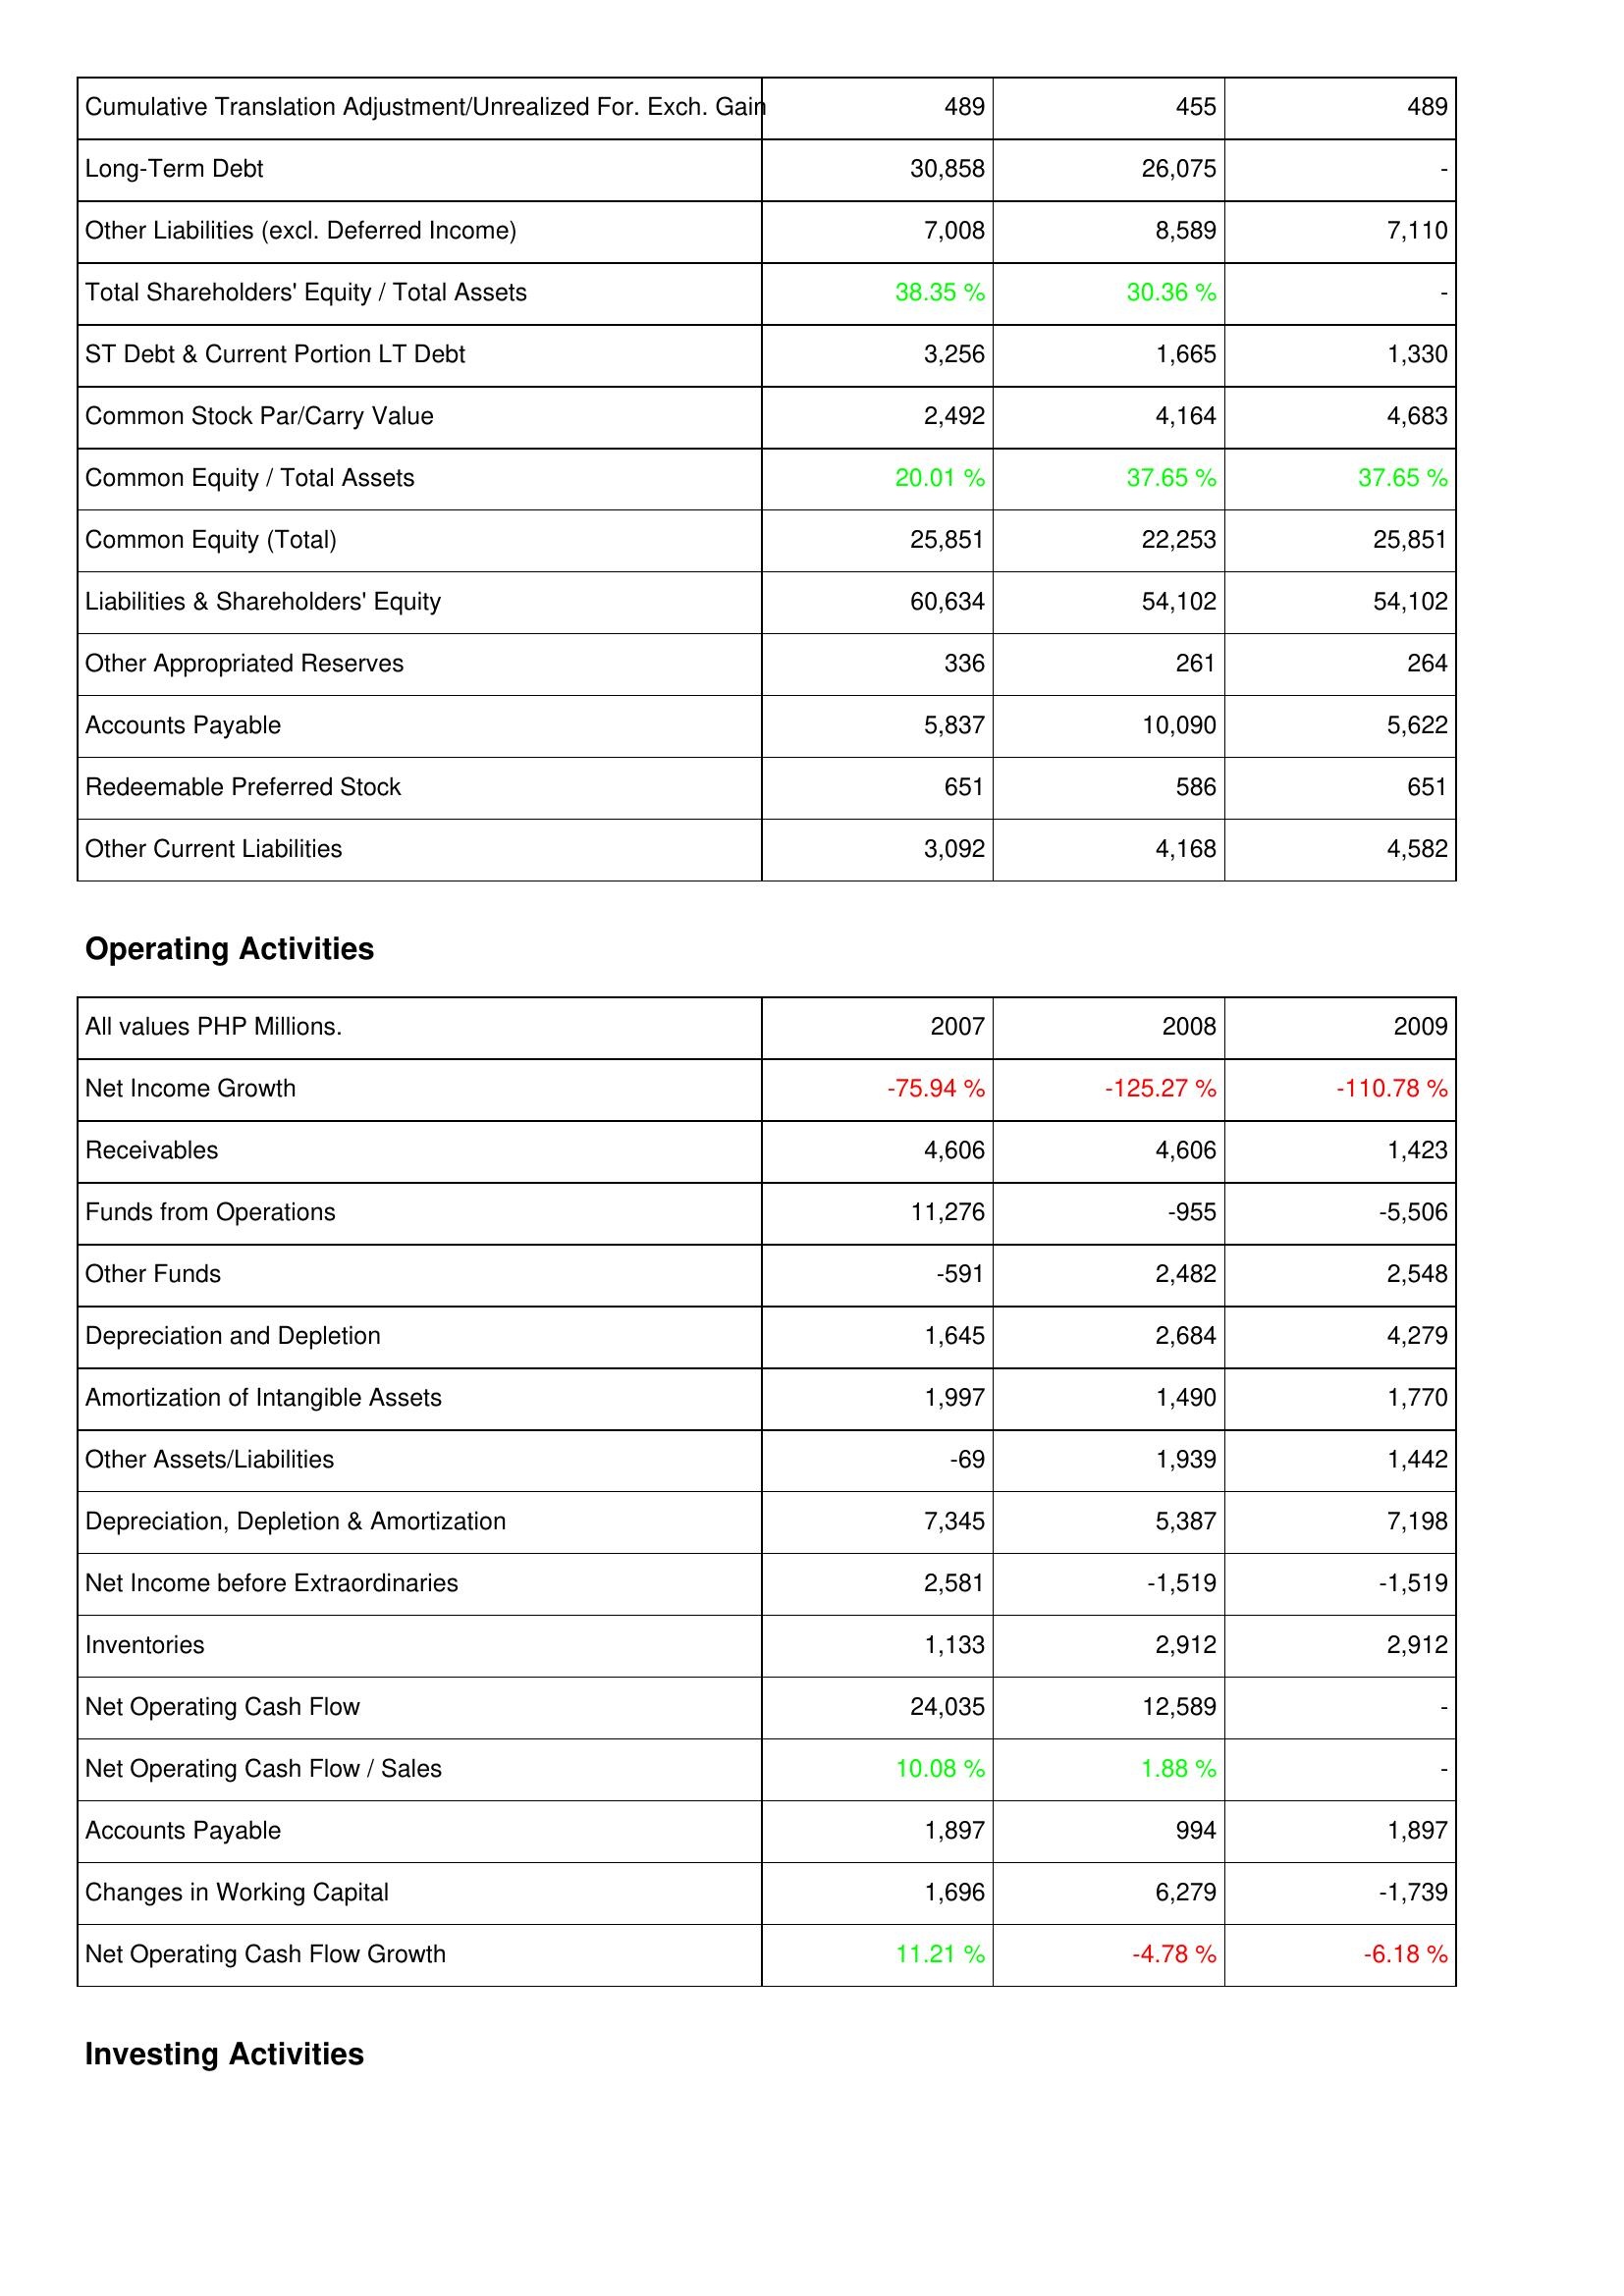
2007: Liabilities & Shareholders' Equity: Cumulative Translation Adjustment/Unrealized For. Exch. Gain: 489
Long-Term Debt: 30,858
Other Liabilities (excl. Deferred Income): 7,008
Total Shareholders' Equity / Total Assets: 38.35 %
ST Debt & Current Portion LT Debt: 3,256
Common Stock Par/Carry Value: 2,492
Common Equity / Total Assets: 20.01 %
Common Equity (Total): 25,851
Liabilities & Shareholders' Equity: 60,634
Other Appropriated Reserves: 336
Accounts Payable: 5,837
Redeemable Preferred Stock: 651
Other Current Liabilities: 3,092
Operating Activities: Net Income Growth: -75.94 %
Receivables: 4,606
Funds from Operations: 11,276
Other Funds: -591
Depreciation and Depletion: 1,645
Amortization of Intangible Assets: 1,997
Other Assets/Liabilities: -69
Depreciation, Depletion & Amortization: 7,345
Net Income before Extraordinaries: 2,581
Inventories: 1,133
Net Operating Cash Flow: 24,035
Net Operating Cash Flow / Sales: 10.08 %
Accounts Payable: 1,897
Changes in Working Capital: 1,696
Net Operating Cash Flow Growth: 11.21 %
2008: Liabilities & Shareholders' Equity: Cumulative Translation Adjustment/Unrealized For. Exch. Gain: 455
Long-Term Debt: 26,075
Other Liabilities (excl. Deferred Income): 8,589
Total Shareholders' Equity / Total Assets: 30.36 %
ST Debt & Current Portion LT Debt: 1,665
Common Stock Par/Carry Value: 4,164
Common Equity / Total Assets: 37.65 %
Common Equity (Total): 22,253
Liabilities & Shareholders' Equity: 54,102
Other Appropriated Reserves: 261
Accounts Payable: 10,090
Redeemable Preferred Stock: 586
Other Current Liabilities: 4,168
Operating Activities: Net Income Growth: -125.27 %
Receivables: 4,606
Funds from Operations: -955
Other Funds: 2,482
Depreciation and Depletion: 2,684
Amortization of Intangible Assets: 1,490
Other Assets/Liabilities: 1,939
Depreciation, Depletion & Amortization: 5,387
Net Income before Extraordinaries: -1,519
Inventories: 2,912
Net Operating Cash Flow: 12,589
Net Operating Cash Flow / Sales: 1.88 %
Accounts Payable: 994
Changes in Working Capital: 6,279
Net Operating Cash Flow Growth: -4.78 %
2009: Liabilities & Shareholders' Equity: Cumulative Translation Adjustment/Unrealized For. Exch. Gain: 489
Long-Term Debt: -
Other Liabilities (excl. Deferred Income): 7,110
Total Shareholders' Equity / Total Assets: -
ST Debt & Current Portion LT Debt: 1,330
Common Stock Par/Carry Value: 4,683
Common Equity / Total Assets: 37.65 %
Common Equity (Total): 25,851
Liabilities & Shareholders' Equity: 54,102
Other Appropriated Reserves: 264
Accounts Payable: 5,622
Redeemable Preferred Stock: 651
Other Current Liabilities: 4,582
Operating Activities: Net Income Growth: -110.78 %
Receivables: 1,423
Funds from Operations: -5,506
Other Funds: 2,548
Depreciation and Depletion: 4,279
Amortization of Intangible Assets: 1,770
Other Assets/Liabilities: 1,442
Depreciation, Depletion & Amortization: 7,198
Net Income before Extraordinaries: -1,519
Inventories: 2,912
Net Operating Cash Flow: -
Net Operating Cash Flow / Sales: -
Accounts Payable: 1,897
Changes in Working Capital: -1,739
Net Operating Cash Flow Growth: -6.18 %